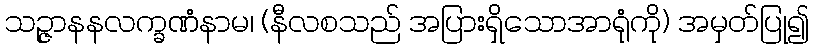
သဉ္ဇာနနလက္ခဏံနာမ၊ (နီလစသည် အပြားရှိသောအာရုံကို) အမှတ်ပြု၍